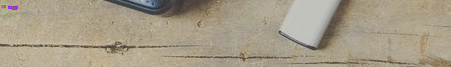
sUpEr MaRt